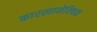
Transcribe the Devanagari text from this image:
कारखानेविषक